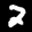
Label: 2